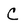
Character: C